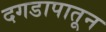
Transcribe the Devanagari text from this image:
दगडापातून